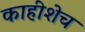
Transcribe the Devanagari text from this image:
काहीशेच